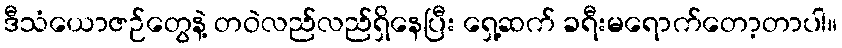
ဒီသံယောဇဉ်တွေနဲ့ တဝဲလည်လည်ရှိနေပြီး ရှေ့ဆက် ခရီးမရောက်တော့တာပါ။